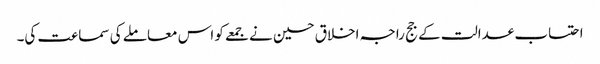
احتساب عدالت کے جج راجہ اخلاق حسین نے جمعے کو اس معاملے کی سماعت کی۔